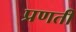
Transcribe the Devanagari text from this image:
प्रणती